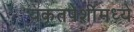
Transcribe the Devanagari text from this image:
यकृतपेशींमध्ये